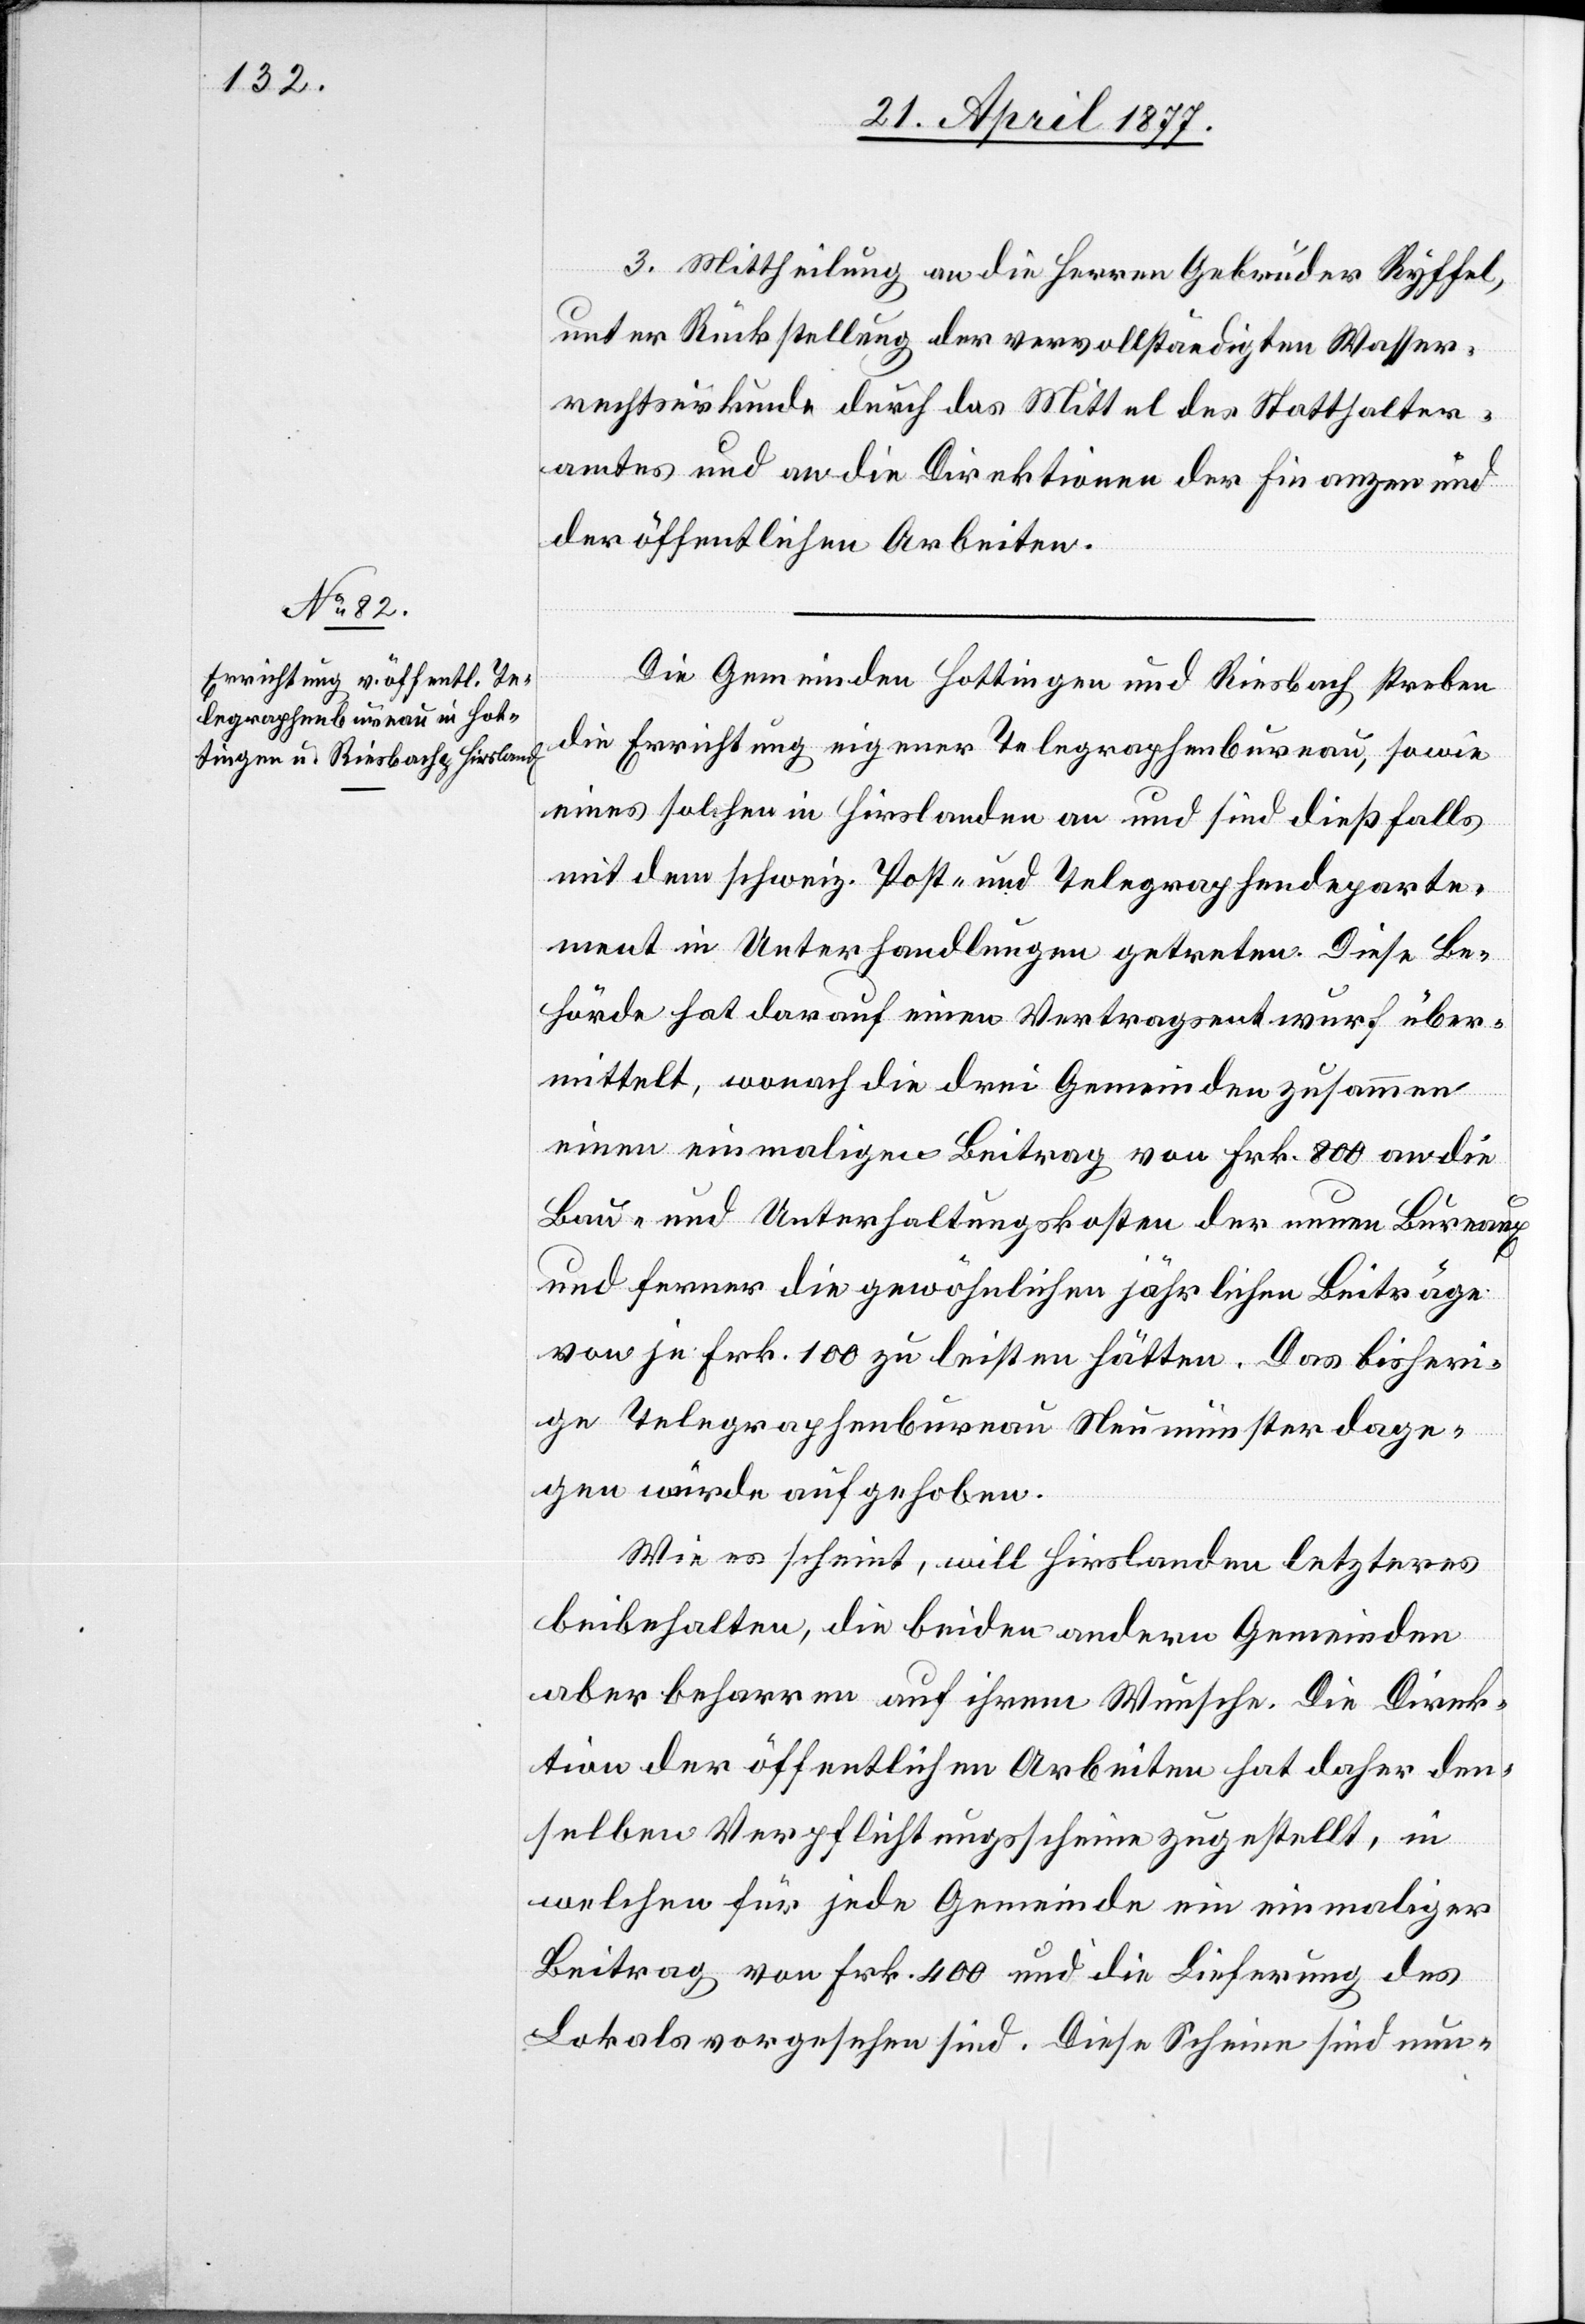
III. Mittheilung an die Herren Gebrüder Ryffel,
unter Rückstellung der vervollständigten Wasser¬
rechtsurkunde durch das Mittel des Statthalter¬
amtes und an die Direktionen der Finanzen und
der öffentlichen Arbeiten.
Die Gemeinden Hottingen und Riesbach streben
die Errichtung eigener Telegraphenbureau, sowie
eines solchen in Hirslanden an und sind dießfalls
mit dem schweiz. Post- und Telegraphendeparte¬
ment in Unterhandlungen getreten. Diese Be¬
hörde hat darauf einen Vertragsentwurf über¬
mittelt, wonach die drei Gemeinden zusammen
einen einmaligen Beitrag von Frk. 800 an die
Bau- und Unterhaltungskosten der neuen Bureaux
und ferner die gewöhnlichen jährlichen Beiträge
von je Frk. 100 zu leisten hätten. Das bisheri¬
ge Telegraphenbureau Neumünster dage¬
gen würde aufgehoben.
Wie es scheint, will Hirslanden letzteres
beibehalten, die beiden andern Gemeinden
aber beharren auf ihrem Wunsche. Die Direk¬
tion der öffentlichen Arbeiten hat daher den¬
selben Verpflichtungsscheine zugestellt, in
welchen für jede Gemeinde ein einmaliger
Beitrag von Frk. 400 und die Lieferung des
Lokals vorgesehen sind. Diese Scheine sind nun-